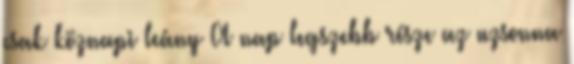
csak köznapi leány A nap legszebb része az uzsonna